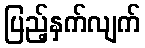
ပြည့်နှက်လျက်